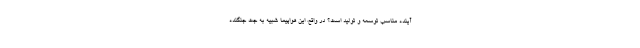
آینده مناسب توسعه و تولید است؟ در واقع، این هواپیما شبیه به جت جنگنده